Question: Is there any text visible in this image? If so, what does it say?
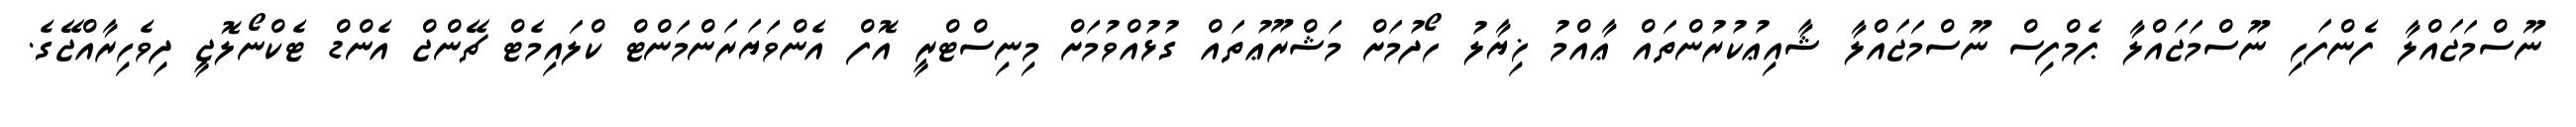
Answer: ނޫސްމަޖައްލާ ފެންފަހި ނޫސްމަޖައްލާ ޕެމްފިސް ނޫސްމަޖައްލާ ޝާއިޢުކުރުންތައް ޢާއްމު ޚިޔާލު ހޯދުމަށް މަޝްރޫޢުތައް ގުޅުއްވުމަށް މިނިސްޓްރީ އޮފް އެންވަޔަރަންމަންޓް ކްލައިމެޓް ޗޭންޖް އެންޑް ޓެކްނޯލޮޖީ ދިވެހިރާއްޖޭގެ.